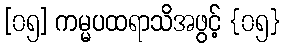
[၀၅] ကမ္မပထရာသိအဖွင့် {၀၅}